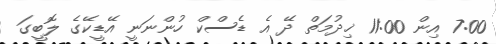
7:00 އިން 11:00 ޚިދުމަތް ދޭ އެ ޑެސްކް ހުންނަނީ އޭޑީކޭގެ ލޮބީގަ